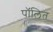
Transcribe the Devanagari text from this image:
पॉलित